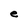
Character: e